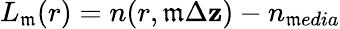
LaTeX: L_{\mathfrak{m}}(r)=n(r,\mathfrak{m}\Delta\mathbf{z})-n_{\mathfrak{m}edia}